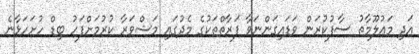
އަދި މަޢުލޫމާތު ސާފުކުރަން ވަޑައިގަންނަވާ ފަރާތްތަކުގެ މެދުގައި މަޝްވަރާ ކުރުމަށްފަހު ބިޑް ހުށަހަޅާނެ